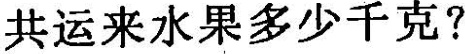
共运来水果多少千克?